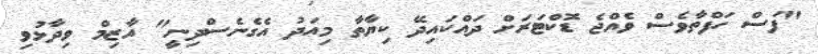
"ފަސް ހަފްތާވެސް ވެއްޖެ ޑޮކްޓަރަށް ދައްކައިދޭ ކިޔާތާ މިއަދު އެގެނެސްދިނީ" އާޒިމް ވިދާޅުވި